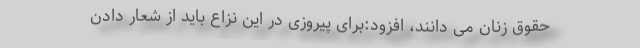
حقوق زنان می دانند، افزود:برای پیروزی در این نزاع باید از شعار دادن